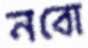
নবো